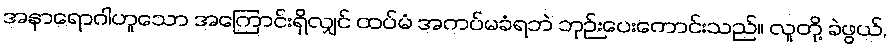
အနာရောဂါဟူသော အကြောင်းရှိလျှင် ထပ်မံ အကပ်မခံရဘဲ ဘုဉ်းပေးကောင်းသည်။ လူတို့ ခဲဖွယ်,